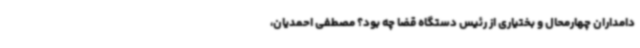
دامداران چهارمحال و بختیاری از رئیس دستگاه قضا چه بود؟ مصطفی احمدیان،